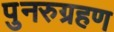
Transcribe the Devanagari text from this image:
पुनरुग्रहण